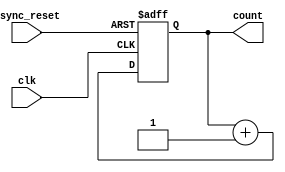
module async_reset_sync_counter (
    input wire clk,                    // Clock input
    input wire async_reset,            // Asynchronous reset input
    output reg [2:0] count             // 3-bit count output
);

    // Synchronous counting with asynchronous reset
    always @(posedge clk or posedge async_reset) begin
        if (async_reset) begin
            count <= 3'b000;           // Reset the counter to 0
        end else begin
            count <= count + 1;        // Increment the counter on clock edge
        end
    end

endmodule